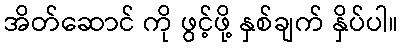
အိတ်ဆောင် ကို ဖွင့်ဖို့ နှစ်ချက် နှိပ်ပါ။